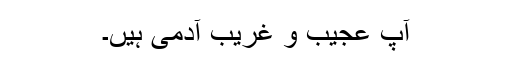
آپ عجیب و غریب آدمی ہیں۔